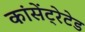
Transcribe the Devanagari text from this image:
कांसेंट्रेटेड